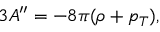
3 A ^ { \prime \prime } = - 8 \pi ( \rho + p _ { T } ) ,